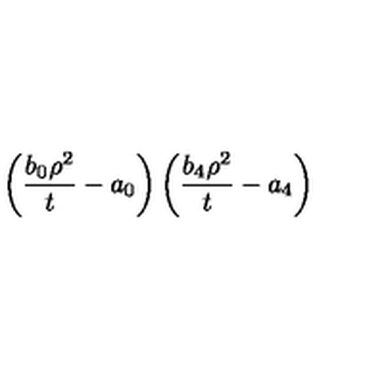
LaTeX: \left( \frac { b _ { 0 } \rho ^ { 2 } } { t } - a _ { 0 } \right) \left( \frac { b _ { 4 } \rho ^ { 2 } } { t } - a _ { 4 } \right)